Scottish Leaving Certificate Examination, 1960
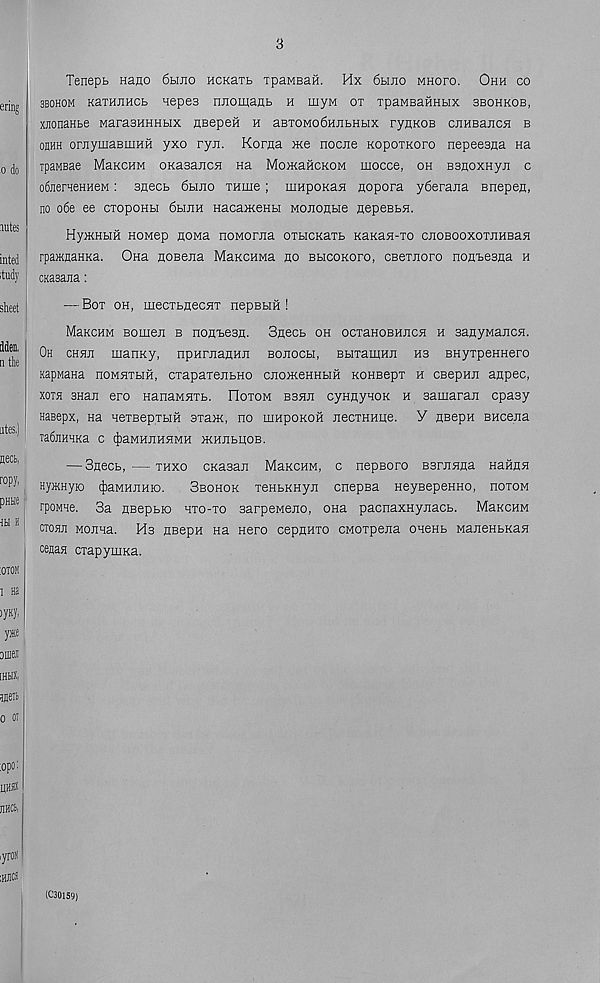
3
Tenept nano 6hjio HCKaib TpaMBaft. Hx 6buio MHoro. Ohh co
e r i n g sbohom narajiHCb aepes rmomaub h myM ox xpaMBaHHbix sbohkob,
xjionanbe MarasHHHbix flBepeH h aBTOMo6HAbHbix rynKOB cnuBancA b
oflHH oraymaBUMH yxo ryji. Korna me nocne KopoiKoro nepeesna na
0 (j 0 TpaMBae Mekchm OKasaircH na MomaficKOM mocce, oh BsnoxHyji c
odnerHeHHeM: snecb 6biJio THiiie; uiHpoKaH nopora y6eraxia Bnepen,
no o6e ee cxopoHH 6braH HacameHH MonoAbie nepeBbH.
antes
tj
hymHbiH HOMep Aona noMorAa oxbicKaxb KaKaH-xo CAOBooxoiAHBaH
i n y rpaMnaHKa. Ona AOBeAa MaKCHwa ao BbicoKoro, cBexAoro noA'besAa h
itudy cKasana:
sheet
Men,
n the
ates.)
fleet,
ropy,
pm
1H H
iOTOM
i Ha
>yKy,
y*e
otnei
[HHX,
Hflen
o oi
:opo:
uh»
flHC&i
— Box oh, mecxbAecHX nepBbra !
MaxcHM BomeA b noAx>e3A. 3Aecb oh ocxaHOBHACA h BaAywaACA.
Oh chha manKy, npHFAaAHA boaoch, BbixamHA hs BHyxpeHHero
KapMana homaxhih, cxapaxeAbHo CAomeHHHH KOHsepx h cBepHA aApec,
xoth shaa ero HanaMHXb. FIoxom bbaa cyHAynoK h samaraA epasy
HaBepx, na Hexsepxbra oxam, no iiihpokoh AecxHHue. V Asepn BHcena
Ta6jlHHKa C (JiaMHAHAMH OKHAbblOB.
— Saocb, —xhxo CKasaA MaKCHM, c nepBoro bbtahas. HaHAA
HyjKHyio (|)aMHAHio.
Sbohok xenbKHyA cnepsa HeyBepeHHO, hoxom
rpoMne. 3a ABepbio hxo-xo sarpeMeAO, ona pacnaxHyAacb. MaKCHM
ctoha MOAna. Hb ABepH Ha Hero cepAHXO CMOxpeAa onenb MaAeHbKaA
ceflaa cxapyuiKa.
iyroa
IHJIC*
(C30159)